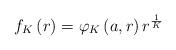
LaTeX: \begin{align*} f_{K}\left(r\right)=\varphi_{K}\left(a,r\right)r^{\frac{1}{K}}\end{align*}